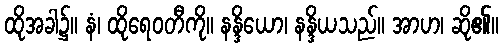
ထိုအခါ၌။ နံ၊ ထိုရေဝတီကို။ နန္ဒိယော၊ နန္ဒိယသည်။ အာဟ၊ ဆို၏။